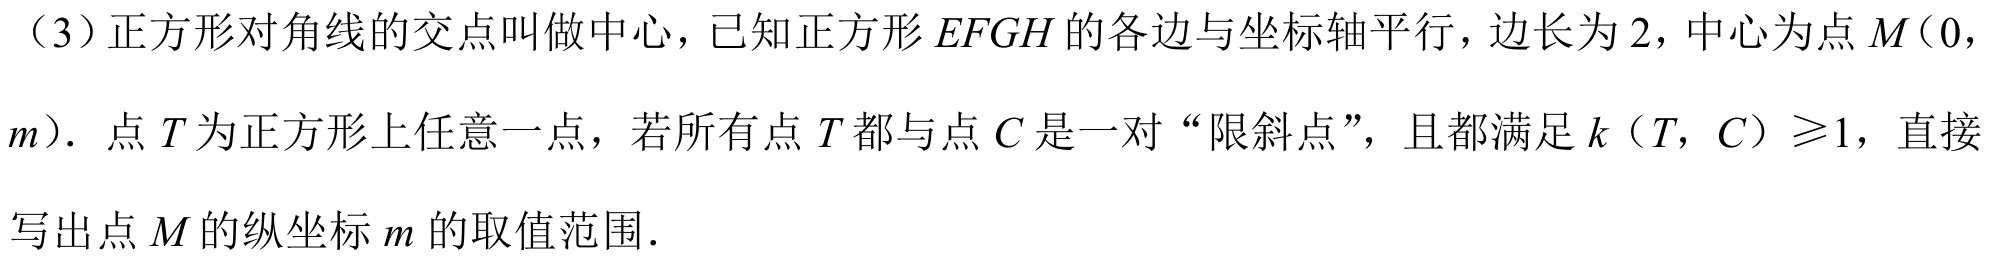
（3）正方形对角线的交点叫做中心，已知正方形$EFGH$的各边与坐标轴平行，边长为$2$，中心为点$M(0，m)$．点$T$为正方形上任意一点，若所有点$T$都与点$C$是一对“限斜点”，且都满足$k（T，C）\geq1$，直接
写出点$M$的纵坐标$m$的取值范围．